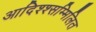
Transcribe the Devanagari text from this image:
आदिश्श्सम्मिलित